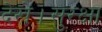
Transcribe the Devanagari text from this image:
देखें।सुरक्षा